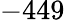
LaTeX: -449